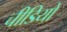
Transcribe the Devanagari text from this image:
चीडियों